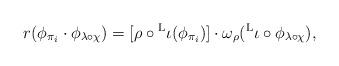
LaTeX: \begin{align*} r(\phi_{\pi_i} \cdot \phi_{\lambda \circ \chi}) = [ \rho \circ {}^{\rm L}\iota(\phi_{\pi_i}) ] \cdot \omega_\rho({}^{\rm L}\iota \circ \phi_{\lambda \circ \chi}),\end{align*}